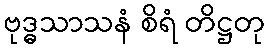
ဗုဒ္ဓသာသနံ စိရံ တိဋ္ဌတု